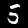
Label: 5